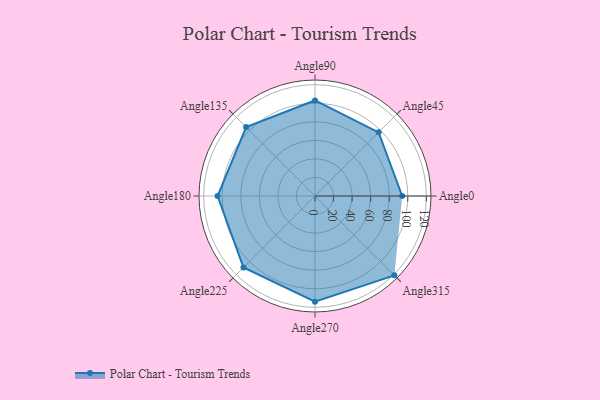
{"axis": {"x": "Angle", "y": "Radius"}, "legend": [""], "data": [{"x": "Angle0", "y": 94.0, "type": ""}, {"x": "Angle45", "y": 97.0, "type": ""}, {"x": "Angle90", "y": 103.0, "type": ""}, {"x": "Angle135", "y": 105.0, "type": ""}, {"x": "Angle180", "y": 105.0, "type": ""}, {"x": "Angle225", "y": 109.0, "type": ""}, {"x": "Angle270", "y": 114.0, "type": ""}, {"x": "Angle315", "y": 121.0, "type": ""}]}